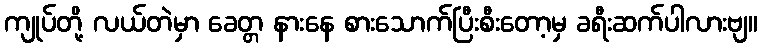
ကျုပ်တို့ လယ်တဲမှာ ခေတ္တ နားနေ စားသောက်ပြီးစီးတော့မှ ခရီးဆက်ပါလားဗျ။